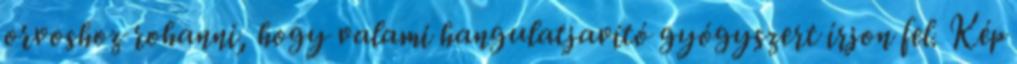
orvoshoz rohanni, hogy valami hangulatjavító gyógyszert írjon fel. Kép